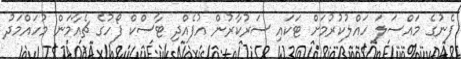
ފެނުގެ މައްސަލަ ހައްލުކުރުމަށް ޓަކައި ސަރުކާރުން އުފެއްދި ޓާސްކް ފޯހުގެ ޗެއާމަން މުހައްމަދު